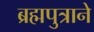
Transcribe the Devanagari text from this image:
ब्रह्मपुत्राने